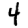
Digit: 4